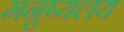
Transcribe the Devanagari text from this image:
मनुष्यलय